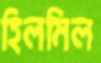
হিলমিল